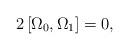
LaTeX: \begin{align*}2\left[ \Omega _{0},\Omega _{1}\right] =0, \end{align*}